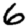
Digit: 6